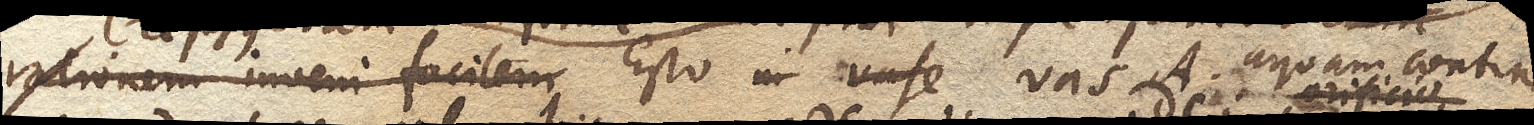
rationem inveni facilem Esto in vase vas A. aquam continens,